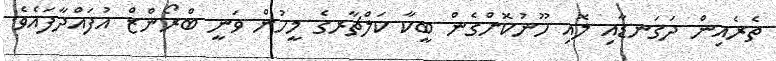
ތެރެއިން ދަގަނޑާއި ލޮއި ހޫނުކޮށްގެން ބީކާ ކަލްޗާރގެ މީހުން ވަނީ ބްރޯންޒް އުފައްދާފައެވެ.